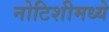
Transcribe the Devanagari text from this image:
नोटिशीमध्ये